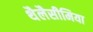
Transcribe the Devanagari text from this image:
थैलैसीमिया